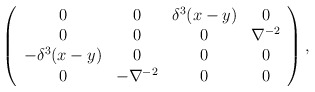
\begin{align*}\left( \begin{array}{cccc}0 & 0 & \delta ^{3}(x-y) & 0 \\ 0 & 0 & 0 & \nabla ^{-2} \\ -\delta ^{3}(x-y) & 0 & 0 & 0 \\ 0 & -\nabla ^{-2} & 0 & 0\end{array}\right) , \end{align*}